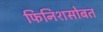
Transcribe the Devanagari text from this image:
फिनिशसोबत